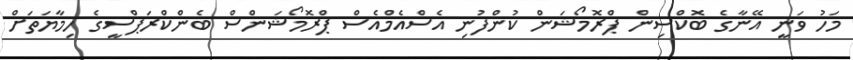
މަހު ވަނީ އޭނާގެ ބޮކްސިން ޕްރޮމޯޝަން ކުންފުނި އެސްއެމްއެސް ޕްރޮމޯޝަންސް ބެންކްރަޕްސީގެ ހިމާޔަތަށް